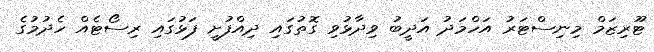
ޓޫރިޒަމް މިނިސްޓަރު އަހްމަދު އަދީބު ވިދާޅުވި ގޮތުގައި ދިއްފުށީ ފަޅުގައި ރިސޯޓެއް ހެދުމުގެ